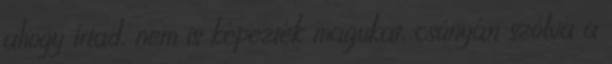
ahogy írtad, nem is képezték magukat, csúnyán szólva a